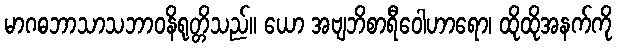
မာဂဓဘာသာသဘာဝနိရုတ္တိသည်။ ယော အဗျဘိစာရီဝေါဟာရော၊ ထိုထိုအနက်ကို